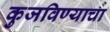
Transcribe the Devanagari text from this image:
कुजविण्याचा